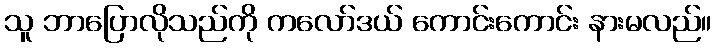
သူ ဘာပြောလိုသည်ကို ကလော်ဒယ် ကောင်းကောင်း နားမလည်။